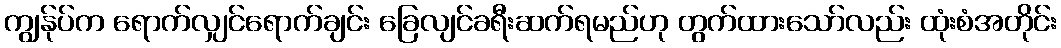
ကျွန်ုပ်က ရောက်လျှင်ရောက်ချင်း ခြေလျင်ခရီးဆက်ရမည်ဟု တွက်ထားသော်လည်း ထုံးစံအတိုင်း